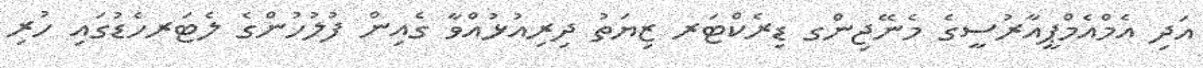
އަދި އެމްއެމްޕީއާރުސީގެ މެނޭޖިންގ ޑިރެކްޓަރ ޒިޔަތު ދިރިއުޅުއްވާ ގެއިން ފުލުހުންގެ ލެޓަރހެޑުގައި ހުރި